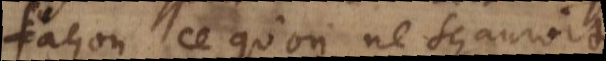
façon ce qu’on ne sçauroit